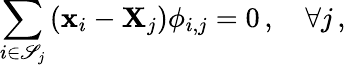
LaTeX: \sum_{i\in\mathscr{S}_{j}}\left(\mathbf{{x}}_{i}-\mathbf{{X}}_{j}\right)\phi_{i,j}=0\, ,\quad\forall j\, ,